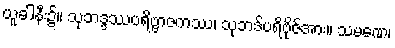
ယူခါနီး၌။ သုဘဒ္ဒဿပရိဗ္ဗာဇကဿ၊ သုဘဒ်ပရိဗိုဇ်အား။ သမဏေ၊